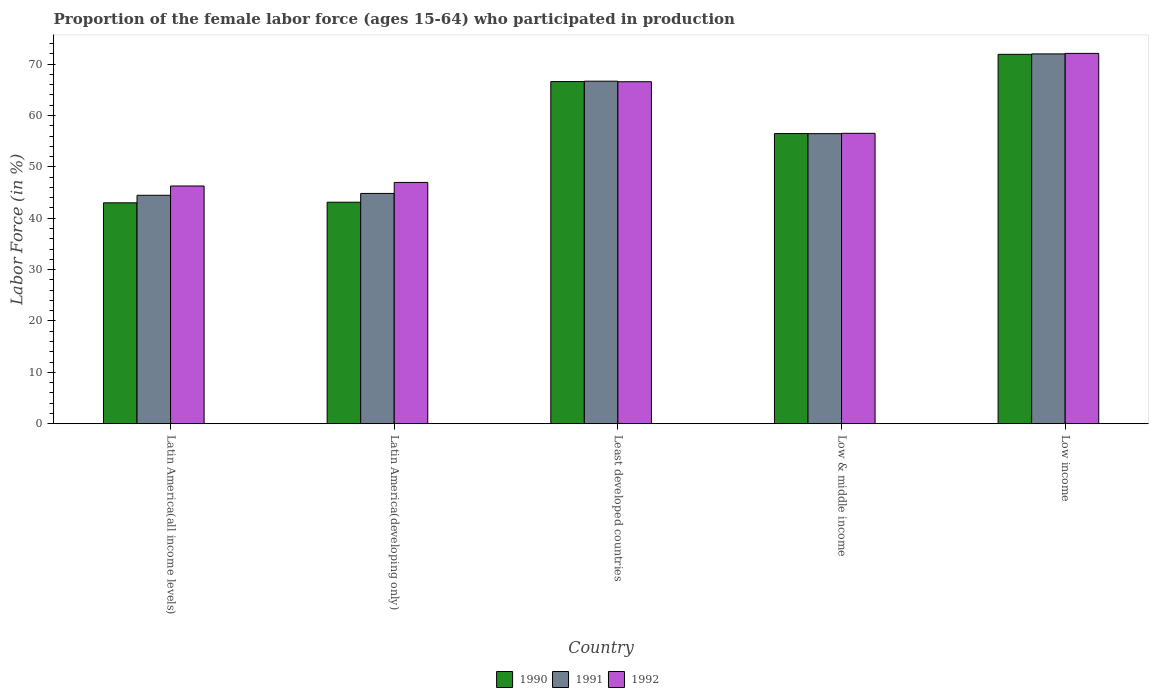
| Country | 1990 | 1991 | 1992 |
 | --- | --- | --- | --- |
 | Latin America(all income levels) | 43 | 44.5 | 46.3 |
 | Latin America(developing only) | 43.1 | 44.8 | 47 |
 | Least developed countries | 66.6 | 66.7 | 66.6 |
 | Low & middle income | 56.5 | 56.5 | 56.5 |
 | Low income | 71.9 | 72 | 72.1 |